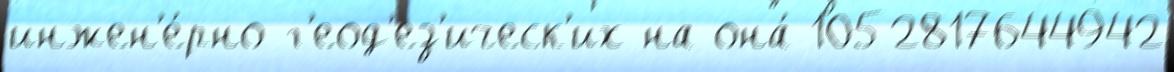
инжен'е́рно-г'еод'ез'ическ'их на она́ 1052817644942